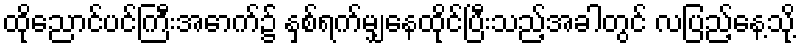
ထိုညောင်ပင်ကြီးအောက်၌ နှစ်ရက်မျှနေထိုင်ပြီးသည့်အခါတွင် လပြည့်နေ့သို့